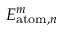
E _ { \mathrm { a t o m } , n } ^ { m }